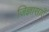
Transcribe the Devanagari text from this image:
जिज्ञासाएँ